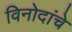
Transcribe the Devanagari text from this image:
विनोदांचे